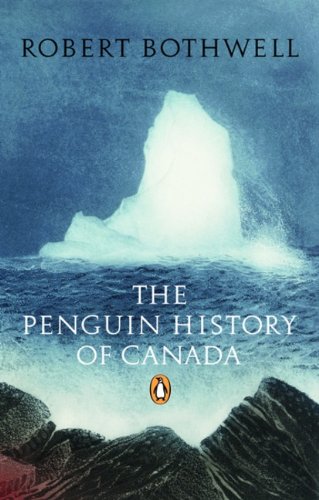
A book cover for The Penguin History of Canada; Bob Bothwell; History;